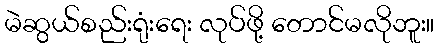
မဲဆွယ်စည်းရုံးရေး လုပ်ဖို့ တောင်မလိုဘူး။